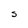
Character: S